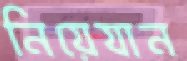
নিয়েযান